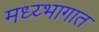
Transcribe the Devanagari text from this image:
मध्य्भागात